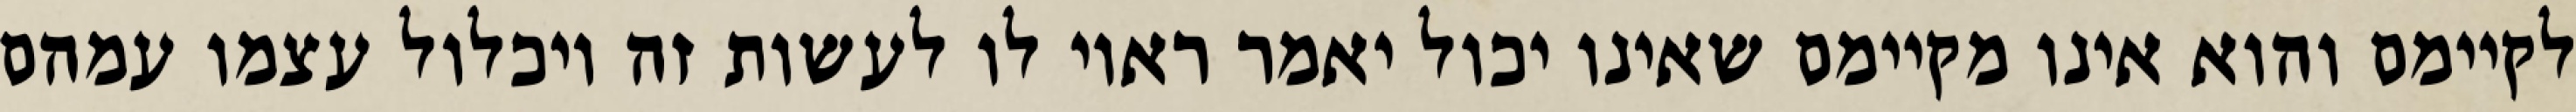
לקיימם והוא אינו מקיימם שאינו יכול יאמר ראוי לו לעשות זה ויכלול עצמו עמהם